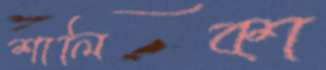
শালিকা